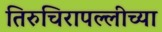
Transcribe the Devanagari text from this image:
तिरुचिरापल्लीच्या